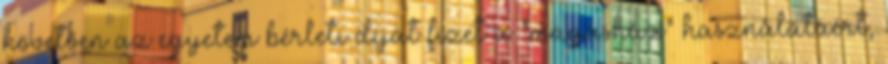
követően az egyetem bérleti díjat fizet a "magasház" használatáért,